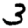
Digit: 3